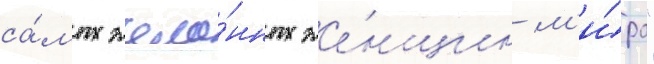
са́мых жела́нных же́нщин м'и́ра"